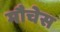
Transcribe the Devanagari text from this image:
मौचेस